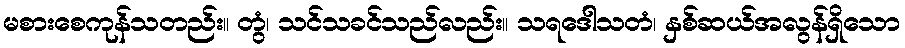
မစားစေကုန်သတည်း။ တွံ၊ သင်သခင်သည်လည်း။ သရဒေါသတံ၊ နှစ်ဆယ်အလွန်ရှိသော